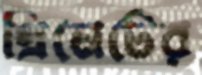
গ্রিমেটের